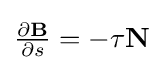
{\tfrac {\partial \mathbf {B} }{\partial s}}=-\tau \mathbf {N}